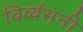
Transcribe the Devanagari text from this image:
विर्व्यसनी